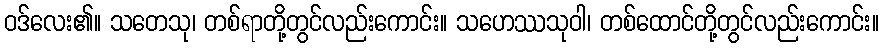
ဝဒ်လေး၏။ သတေသု၊ တစ်ရာတို့တွင်လည်းကောင်း။ သဟေဿသုဝါ၊ တစ်ထောင်တို့တွင်လည်းကောင်း။